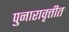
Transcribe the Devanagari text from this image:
पुनारावृत्तीत